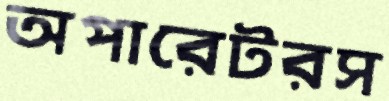
অপারেটরস